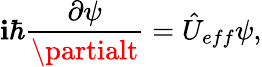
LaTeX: \mathbf{i}\hbar\frac{{\partial\psi}}{{\partialt}}=\hat{{U}}_{eff}\psi,